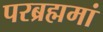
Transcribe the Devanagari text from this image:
परब्रह्ममां